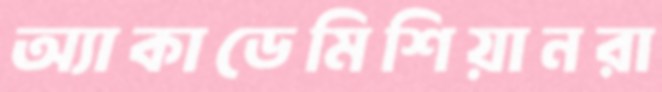
অ্যাকাডেমিশিয়ানরা